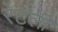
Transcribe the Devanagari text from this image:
रेटली